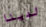
لدينا